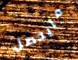
مايحصل